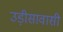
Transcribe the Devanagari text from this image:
उड़ीसावासी